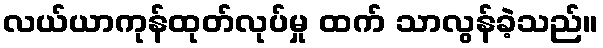
လယ်ယာကုန်ထုတ်လုပ်မှု ထက် သာလွန်ခဲ့သည်။